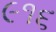
૯૧૬